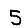
Digit: 5